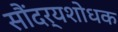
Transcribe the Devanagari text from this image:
सौंदर्यशोधक